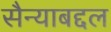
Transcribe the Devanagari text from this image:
सैन्याबद्दल